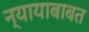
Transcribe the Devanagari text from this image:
न्यायाबाबत